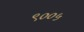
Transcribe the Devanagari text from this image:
९००५